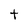
Character: t